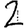
Digit: 2